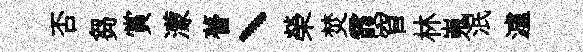
否芻賞濛瞢丶榮焚霞窅林嵬泯瀘